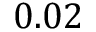
0 . 0 2